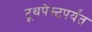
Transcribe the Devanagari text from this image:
टूथपेस्टपर्यंत